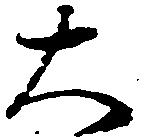
大